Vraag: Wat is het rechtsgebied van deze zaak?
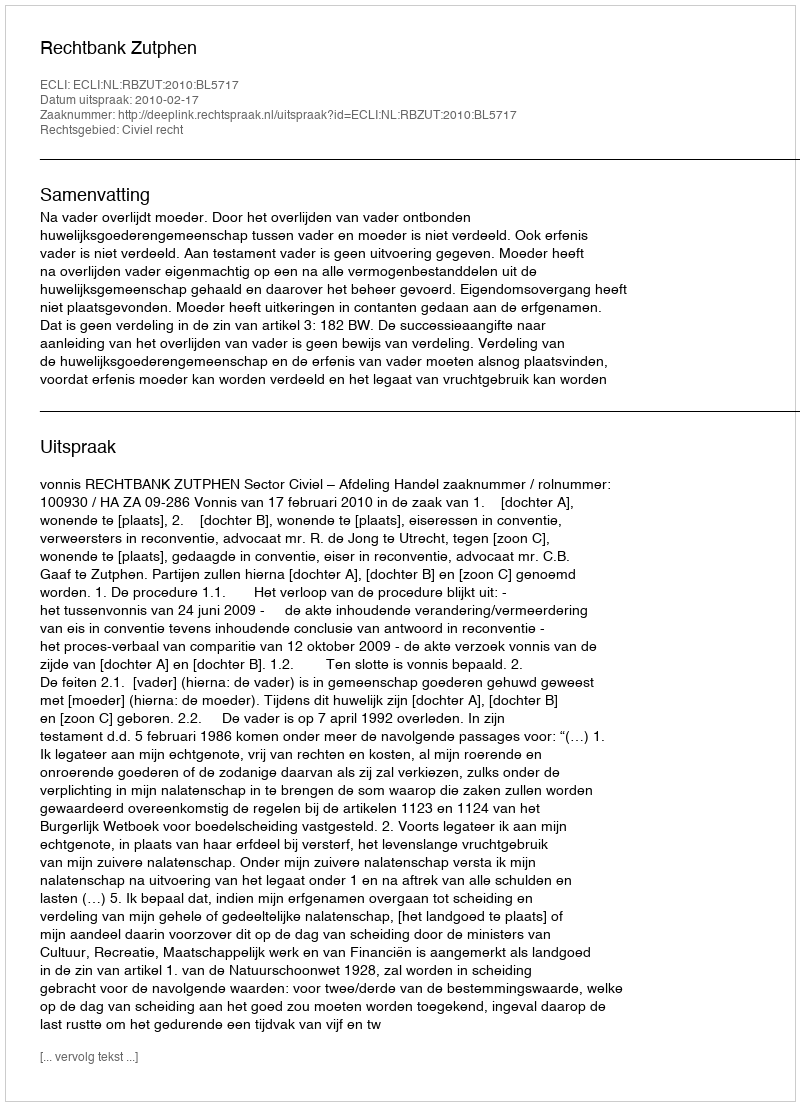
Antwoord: Civiel recht